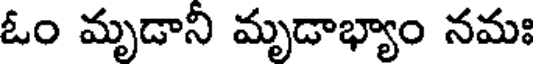
ఓం మృడానీ మృడాభ్యాం నమః